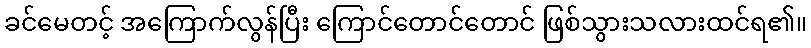
ခင်မေတင့် အကြောက်လွန်ပြီး ကြောင်တောင်တောင် ဖြစ်သွားသလားထင်ရ၏။